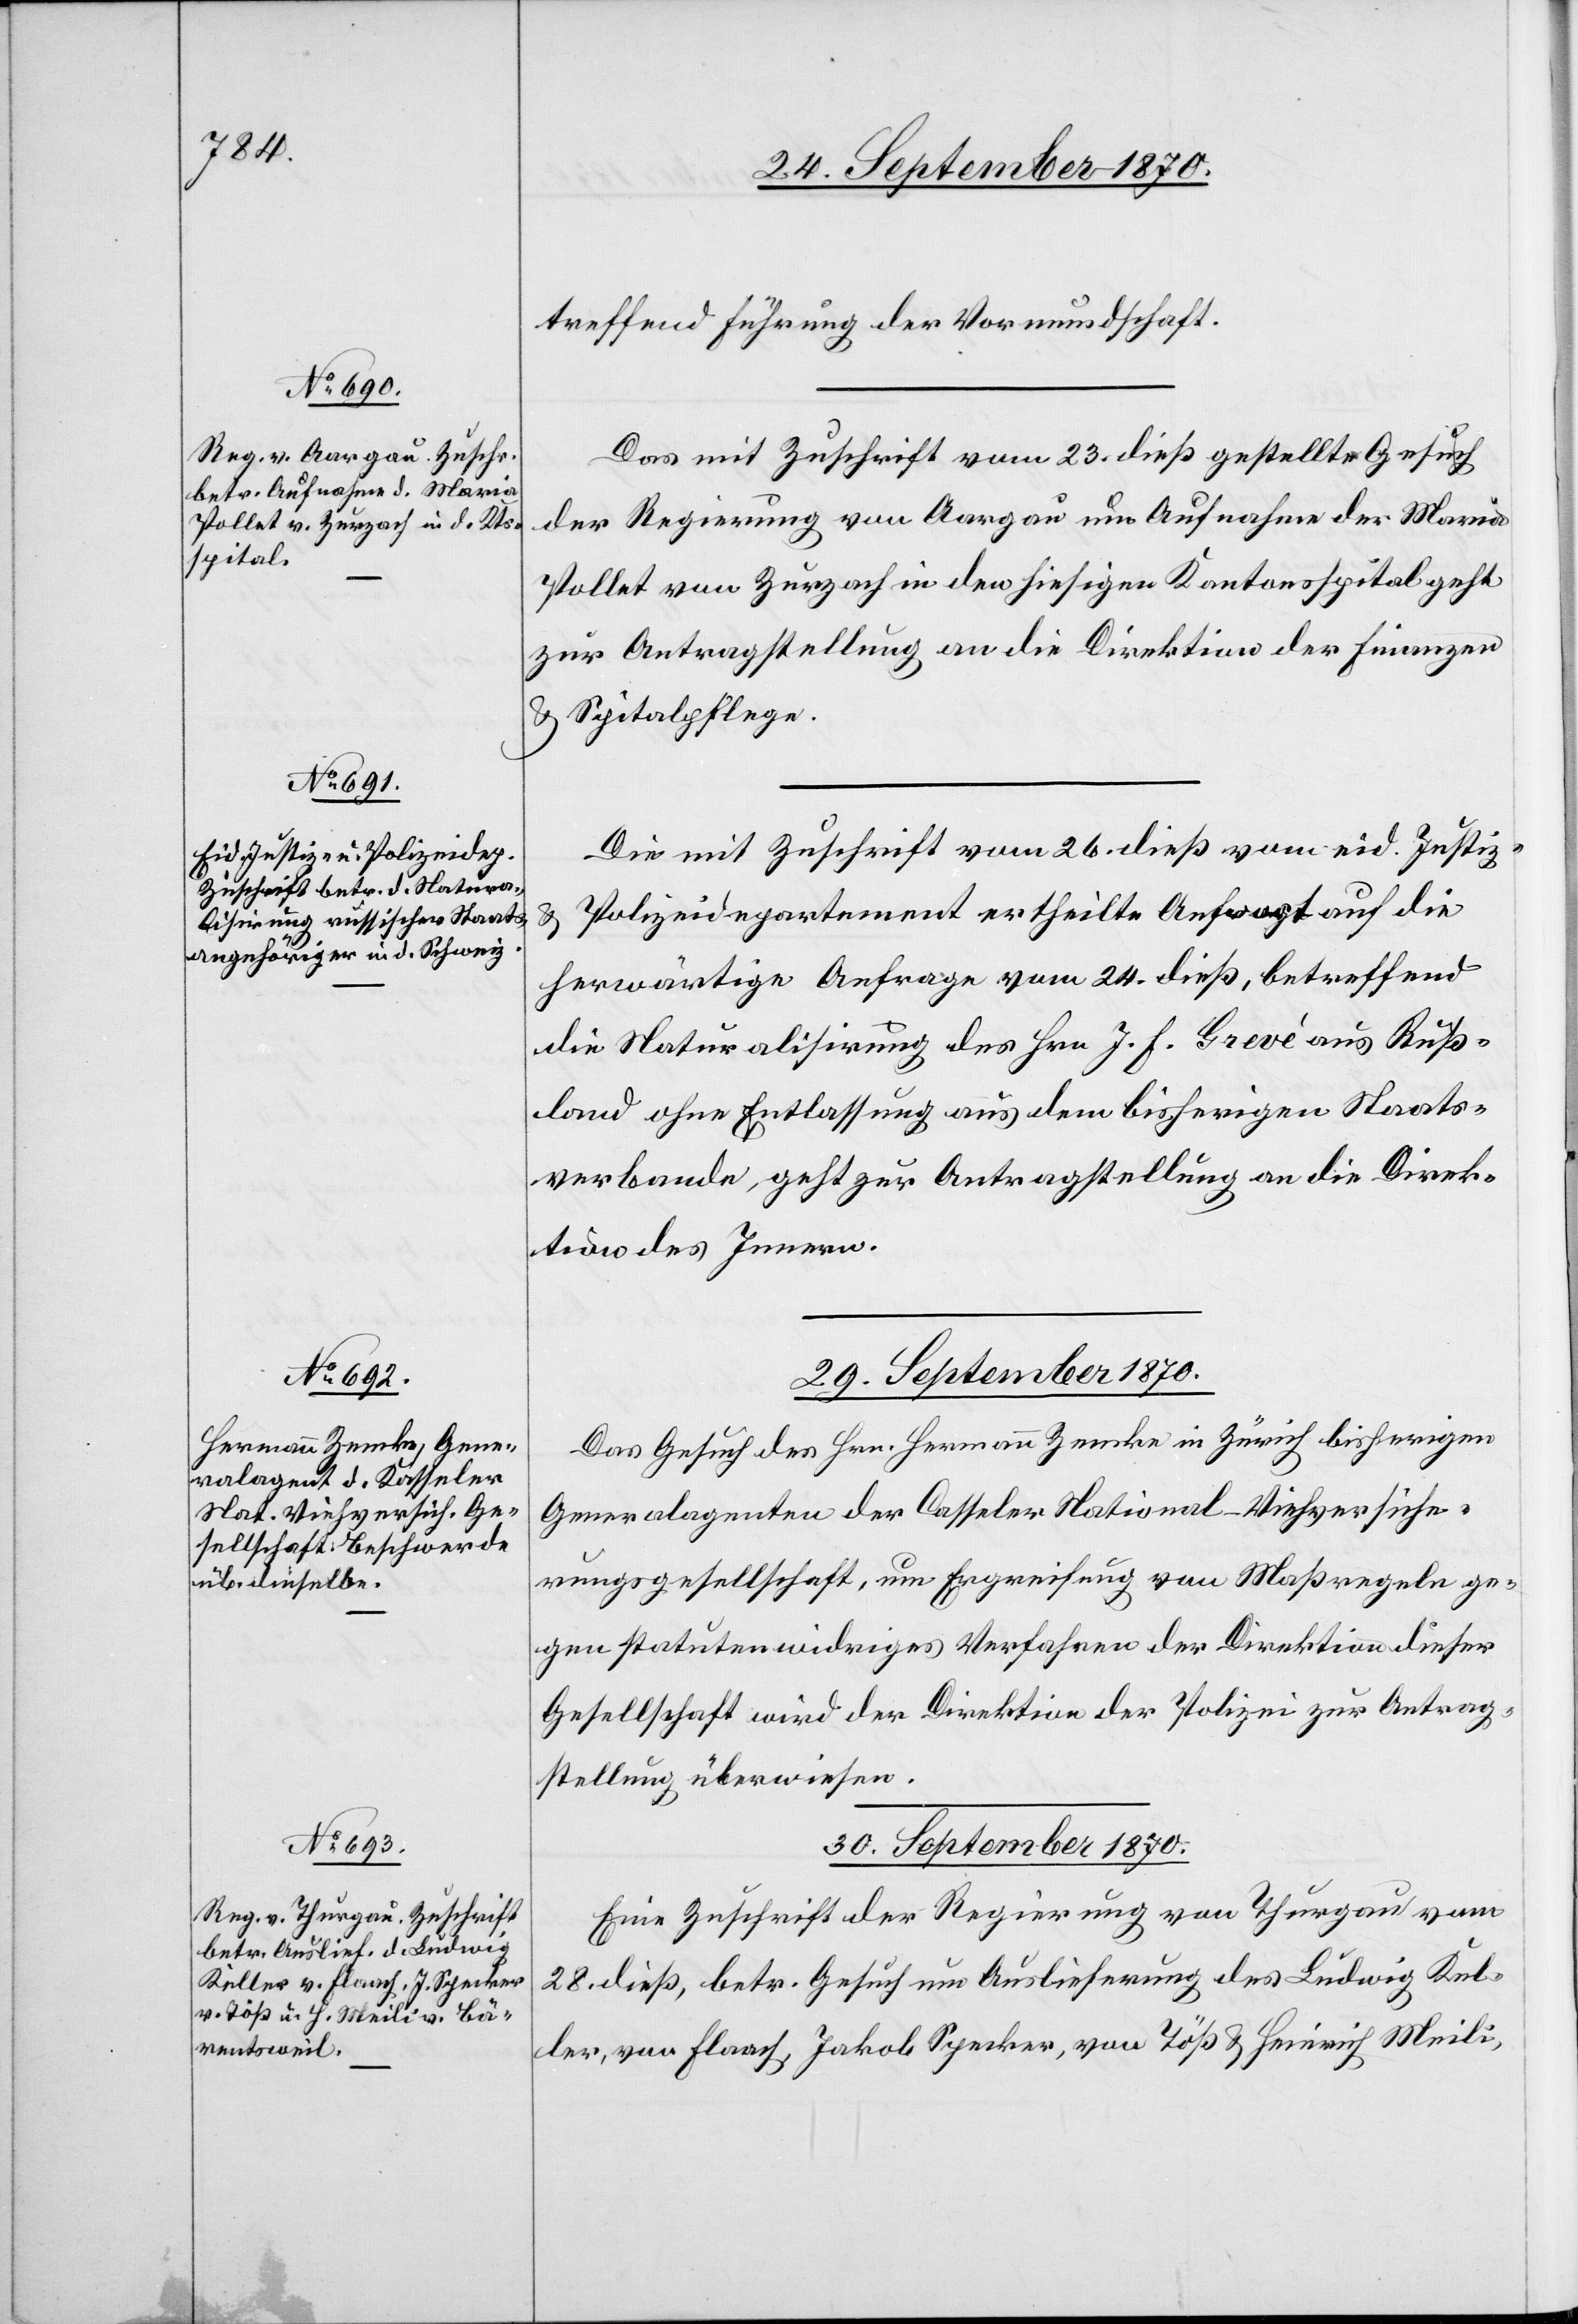
28. September 1870.]
treffend Führung der Vormundschaft.
Das mit Zuschrift vom 23. dieß gestellte Gesuch
der Regierung von Aargau um Aufnahme der Maria
Pollet von Zurzach in den hiesigen Kantonsspital geht
zur Antragstellung an die Direktion der Finanzen
& Spitalpflege.
Die mit Zuschrift vom 26. dieß vom eid. Justiz-
Polizeidepartement ertheilte Antwort auf die
herwärtige Anfrage vom 24. dieß, betreffend
die Naturalisirung des Hrn. J. F. Grevé aus Ruß¬
land ohne Entlassung aus dem bisherigen Staats¬
verbande, geht zur Antragstellung an die Direk¬
tion des Innern.
29. September 1870.
Das Gesuch des Hrn. Hermann Zemke in Zürich bisherigen
Generalagenten der Casseler National-Viehversiche¬
rungsgesellschaft, um Ergreifung von Maßregeln ge¬
gen statutenwidriges Verfahren der Direktion dieser
Gesellschaft wird der Direktion der Polizei zur Antrag¬
stellung überwiesen.
30. September 1870.
Eine Zuschrift der Regierung von Thurgau vom
28. dieß, betr. Gesuch um Auslieferung des Ludwig Kel¬
ler, von Flaach, Jakob Specker, von Töß & Heinrich Meili,